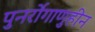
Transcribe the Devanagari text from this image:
पुनर्रोगाणुहीन